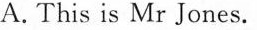
A. This is Mr Jones.